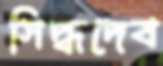
সিদ্ধদেব